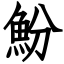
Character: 魵